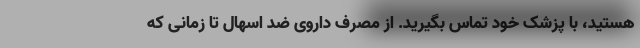
هستید، با پزشک خود تماس بگیرید. از مصرف داروی ضد اسهال تا زمانی که